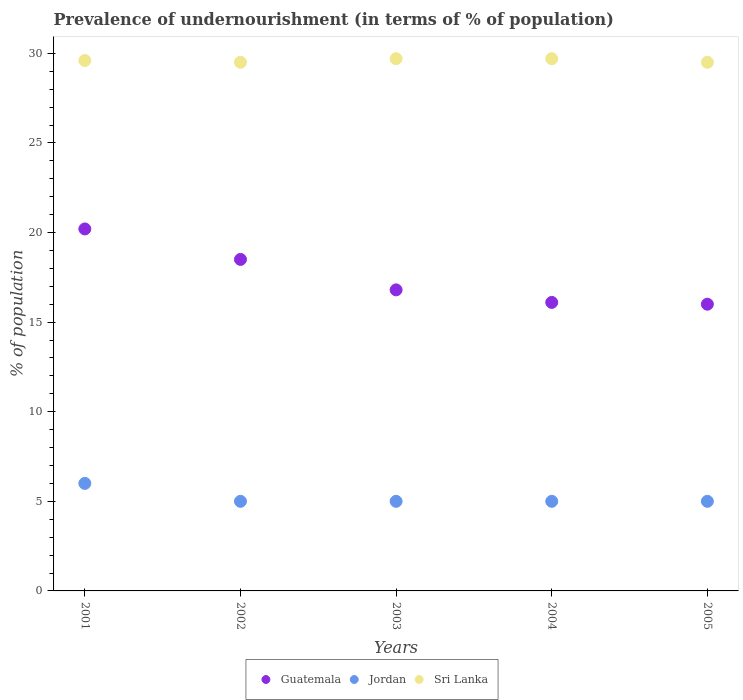
| Years | Guatemala | Jordan | Sri Lanka |
 | --- | --- | --- | --- |
 | 2001 | 20.2 | 6 | 29.6 |
 | 2002 | 18.5 | 5 | 29.5 |
 | 2003 | 16.8 | 5 | 29.7 |
 | 2004 | 16.1 | 5 | 29.7 |
 | 2005 | 16 | 5 | 29.5 |